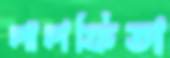
লালফিতা